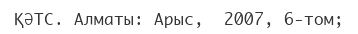
ҚӘТС. Алматы: Арыс,  2007, 6-том;